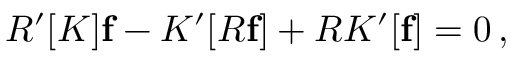
{ \cal R } ^ { \prime } [ K ] { \bf f } - K ^ { \prime } [ { \cal R } { \bf f } ] + { \cal R } K ^ { \prime } [ { \bf f } ] = 0 \, ,